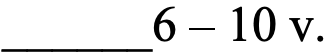
______6 – 10 v.